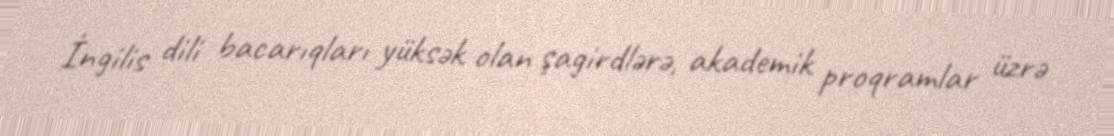
İngilis dili bacarıqları yüksək olan şagirdlərə, akademik proqramlar üzrə